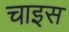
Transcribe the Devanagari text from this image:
चाइस